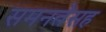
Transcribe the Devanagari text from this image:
समनतेसह